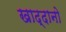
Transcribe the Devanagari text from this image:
खाद्दानो